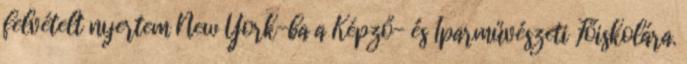
felvételt nyertem New York-ba a Képző- és Iparművészeti Főiskolára.